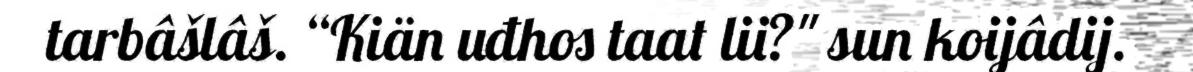
tarbâšlâš. “Kiän uđhos taat lii?" sun koijâdij.